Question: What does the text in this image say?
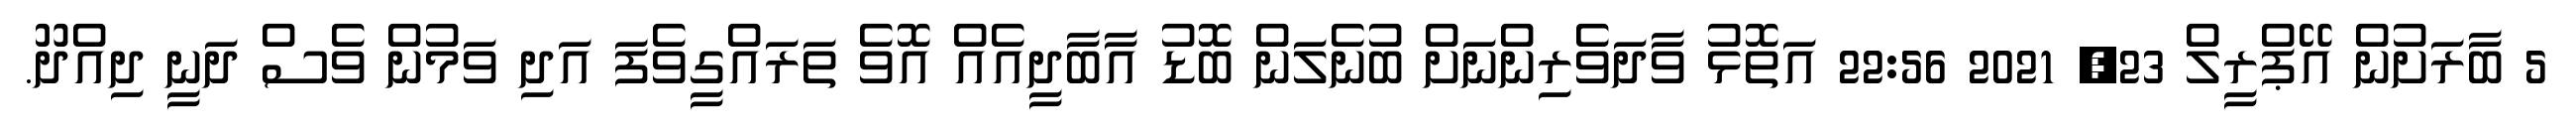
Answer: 5 ބާރަށުން އޭޕްރީލް 23, 2021 22:56 އަތޮޅު ވާދަވެރިންނަށް ބުނެލަން ބޮޑު އާބާދީއެއް އޮވެ ތަރައްގީވެފަ އަދި ވަމުން ވެސް ދަނީ ދިއްދޫ.